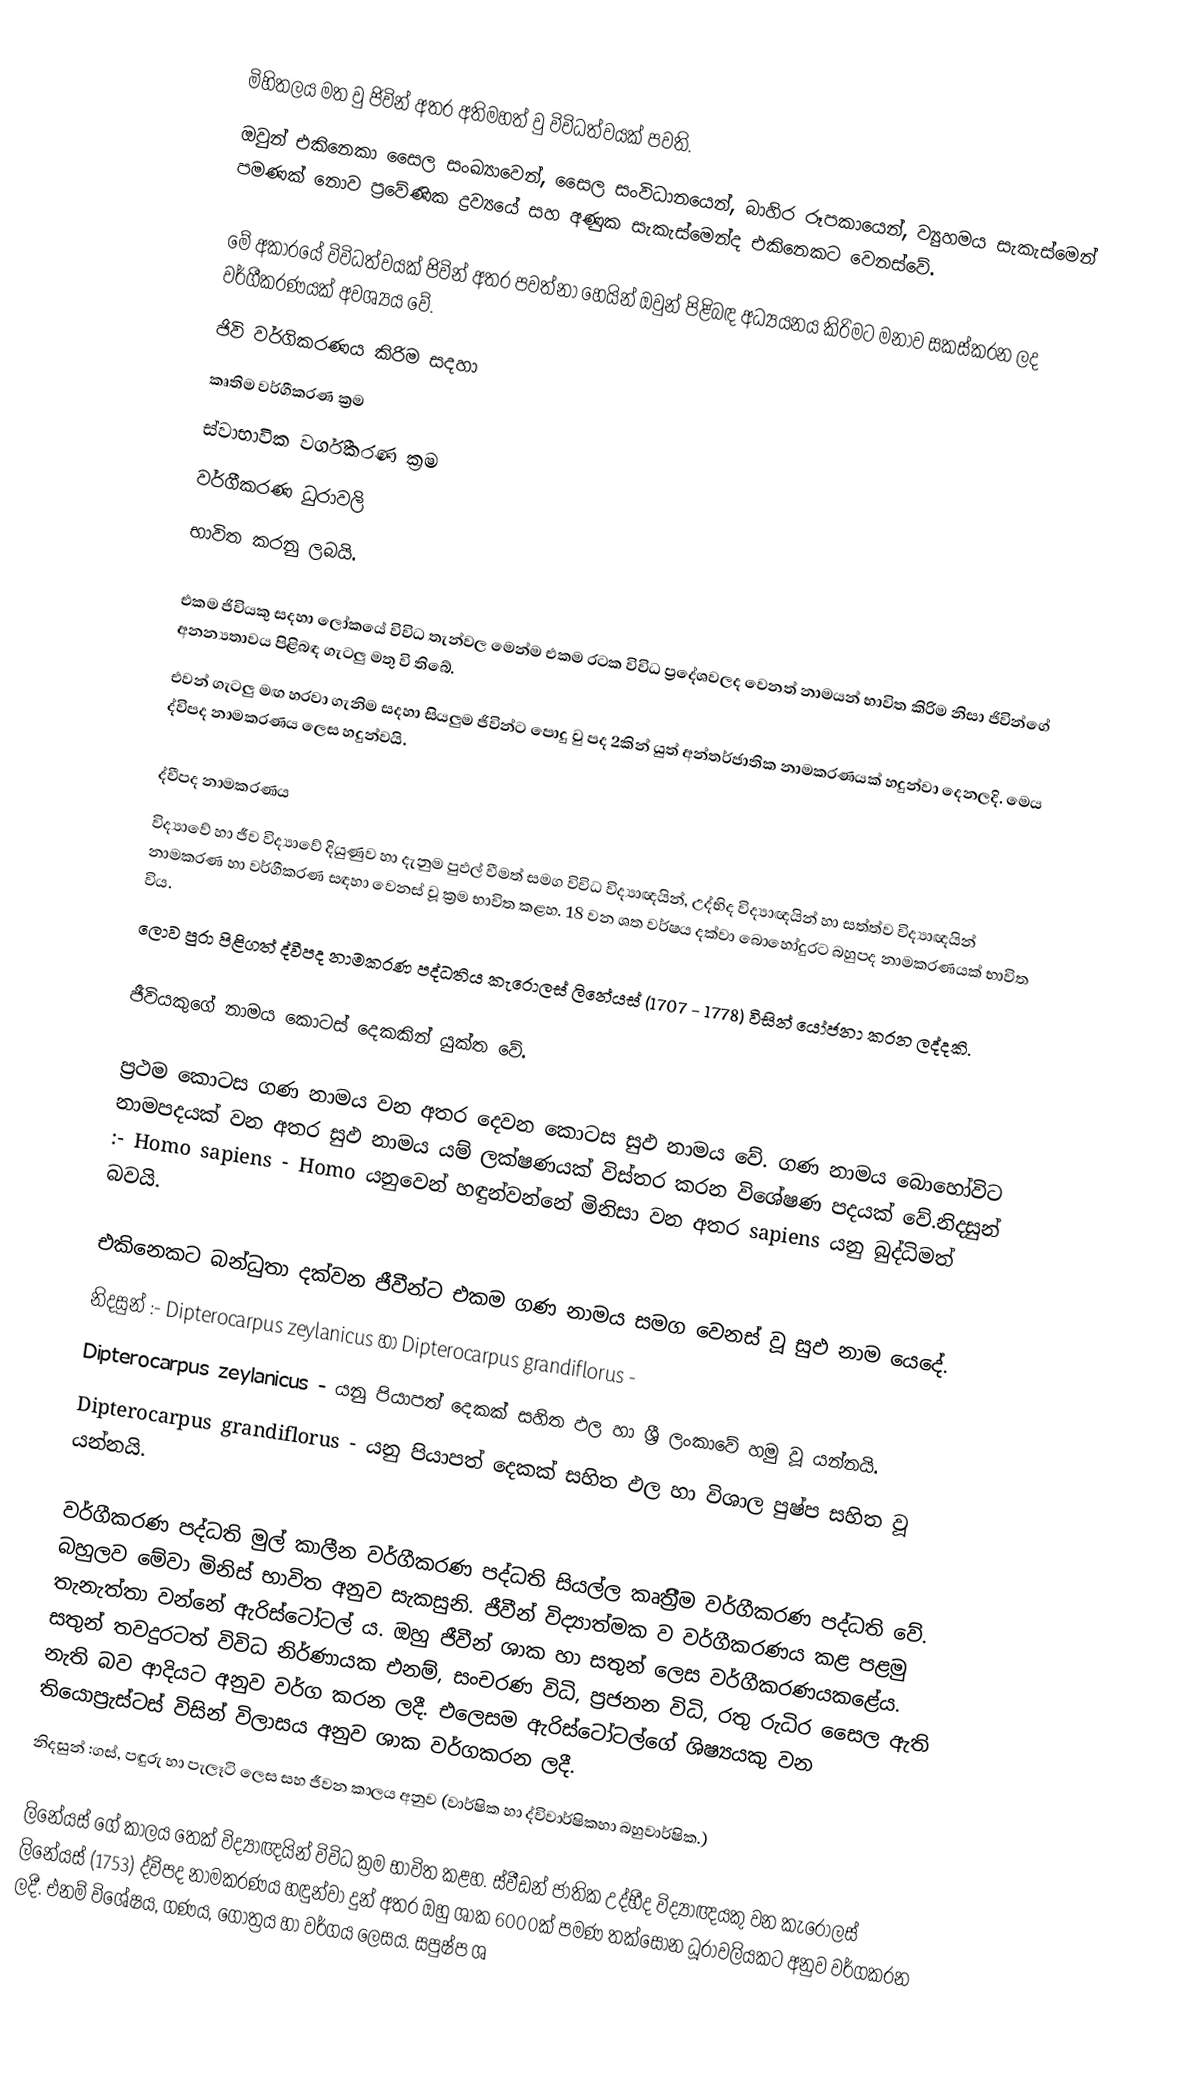
මිහිතලය මත වු ජිවින් අතර අතිමහත් වු විවිධත්වයක් පවති.
ඔවුන් එකිනෙකා සෛල සංඛ්‍යාවෙන්, සෛල සංවිධානයෙන්, බාහිර රූපකායෙන්, ව්‍යුහමය සැකැස්මෙන් පමණක් නොව ප්‍රවේණික ද්‍රව්‍යයේ සහ අණුක සැකැස්මෙන්ද එකිනෙකට වෙනස්වේ.

මේ අකාරයේ විවිධත්වයක් ජිවින් අතර පවත්නා හෙයින් ඔවුන් පිළිබඳ අධ්‍යයනය කිරිමට මනාව සකස්කරන ලද වර්ගීකරණයක් අවශ්‍යය වේ.
ජිවි වර්ගිකරණය කිරිම සදහා
කෘතිම වර්ගීකරණ ක්‍රම
ස්වාභාවික වර්ගීකරණ ක්‍රම
වර්ගීකරණ ධුරාවලි
භාවිත කරනු ලබයි.

එකම ජිවියකු සදහා ලෝකයේ විවිධ තැන්වල මෙන්ම එකම රටක විවිධ ප්‍රදේශවලද වෙනත් නාමයන් භාවිත කිරිම නිසා ජිවින්ගේ අනන්‍යතාවය පිළිබඳ ගැටලු මතු වි තිබේ.
එවන් ගැටලු මඟ හරවා ගැනිම සදහා සියලුම ජිවින්ට පොදු වු පද 2කින් යුත් අන්තර්ජාතික නාමකරණයක් හදුන්වා දෙනලදි. මෙය ද්විපද නාමකරණය ලෙස හදුන්වයි.

ද්වීපද නාමකරණය
විද්‍යාවේ හා ජීව විද්‍යාවේ දියුණුව හා දැනුම පුඵල් වීමත් සමග විවිධ විද්‍යාඥයින්, උද්භිද විද්‍යාඥයින් හා සත්ත්ව විද්‍යාඥයින් නාමකරණ හා වර්ගීකරණ සඳහා වෙනස් වූ ක්‍රම භාවිත කළහ. 18 වන ශත වර්ෂය දක්වා බොහෝදුරට බහුපද නාමකරණයක් භාවිත විය.
ලොව පුරා පිළිගත් ද්වීපද නාමකරණ පද්ධතිය කැරොලස් ලිනේයස් (1707 - 1778) විසින් යෝජනා කරන ලද්දකි.

ජීවියකුගේ නාමය කොටස් දෙකකින් යුක්ත වේ.

ප්‍රථම කොටස ගණ නාමය වන අතර දෙවන කොටස සුඵ නාමය වේ. ගණ නාමය බොහෝවිට නාමපදයක් වන අතර සුඵ නාමය යම් ලක්ෂණයක් විස්තර කරන විශේෂණ පදයක් වේ.නිදසුන් :- Homo sapiens - Homo යනුවෙන් හඳුන්වන්නේ මිනිසා වන අතර sapiens යනු බුද්ධිමත් බවයි.

එකිනෙකට බන්ධුතා දක්වන ජීවීන්ට එකම ගණ නාමය සමග වෙනස් වූ සුඵ නාම යෙදේ.
නිදසුන් :- Dipterocarpus zeylanicus හා Dipterocarpus grandiflorus -
Dipterocarpus zeylanicus - යනු පියාපත් දෙකක් සහිත ඵල හා ශ්‍රී ලංකාවේ හමු වූ යන්නයි.
Dipterocarpus grandiflorus - යනු පියාපත් දෙකක් සහිත ඵල හා විශාල පුෂ්ප සහිත වූ යන්නයි.

වර්ගීකරණ පද්ධති  මුල් කාලීන වර්ගීකරණ පද්ධති සියල්ල කෘත්‍රිීම වර්ගීකරණ පද්ධති වේ. බහුලව මේවා මිනිස් භාවිත අනුව සැකසුනි. ජීවීන් විද්‍යාත්මක ව වර්ගීකරණය කළ පළමු තැනැත්තා වන්නේ ඇරිස්ටෝටල් ය. ඔහු ජීවීන් ශාක හා සතුන් ලෙස වර්ගීකරණයකළේය. සතුන් තවදුරටත් විවිධ නිර්ණායක එනම්, සංචරණ විධි, ප්‍රජනන විධි, රතු රුධිර සෛල ඇති නැති බව ආදියට අනුව වර්ග කරන ලදී. එලෙසම ඇරිස්ටෝටල්ගේ ශිෂ්‍යයකු වන තියොප්‍රැස්ටස් විසින් විලාසය අනුව ශාක වර්ගකරන ලදී.
නිදසුන් :ගස්, පඳුරු හා පැලෑටි ලෙස සහ ජීවන කාලය අනුව (වාර්ෂික හා ද්විවාර්ෂිකහා බහුවාර්ෂික.)

ලිනේයස් ගේ කාලය තෙක් විද්‍යාඥයින් විවිධ ක්‍රම භාවිත කළහ. ස්වීඩන් ජාතික උද්භීද විද්‍යාඥයකු වන කැරොලස් ලිනේයස් (1753) ද්විපද නාමකරණය හඳුන්වා දුන් අතර ඔහු ශාක 6000ක් පමණ තක්සෝන ධූරාවලියකට අනුව වර්ගකරන ලදී. එනම් විශේෂය, ගණය, ගෝත්‍රය හා වර්ගය ලෙසය. සපුෂ්ප ශ